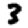
Digit: 3